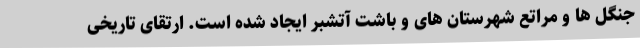
جنگل ها و مراتع شهرستان های و باشت آتشبر ایجاد شده است. ارتقای تاریخی